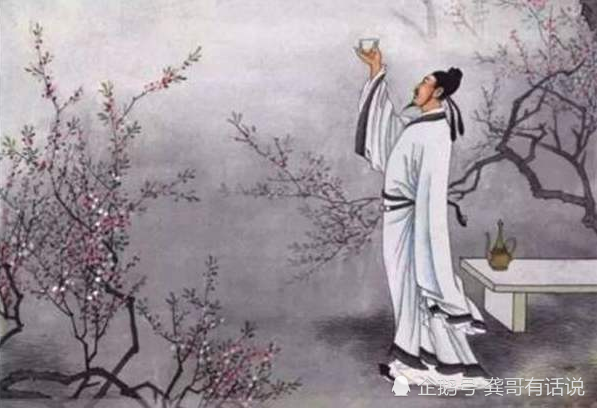
年年游子惜余春，春归不解招游子。